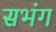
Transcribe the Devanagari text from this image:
सभंग